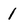
Character: 1